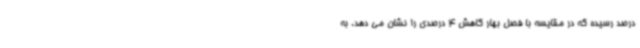
درصد رسیده که در مقایسه با فصل بهار کاهش 4 درصدی را نشان می دهد. به